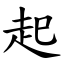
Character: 起